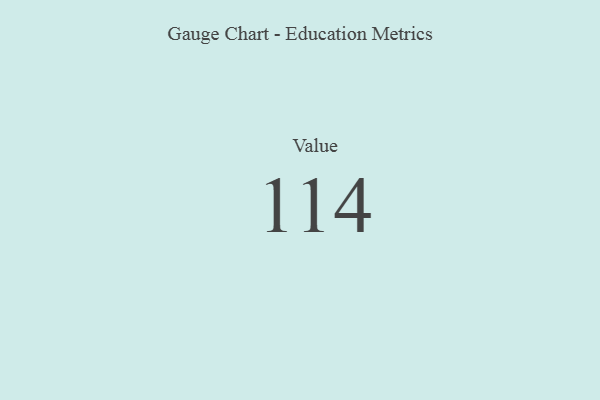
{"axis": {"x": "Metric", "y": "Value"}, "legend": [""], "data": [{"x": "Value", "y": 114, "type": ""}]}